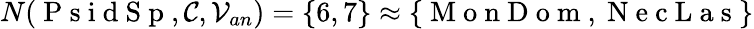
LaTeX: N(\mathrm{~P~s~i~d~S~p~},\mathcal{C},\mathcal{V}_{an})=\{ 6,7\} \approx\{ \mathrm{~M~o~n~D~o~m~},\mathrm{~N~e~c~L~a~s~}\}